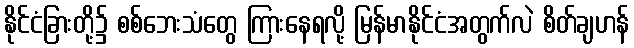
နိုင်ငံခြားတို့၌ စစ်ဘေးသံတွေ ကြားနေရလို့ မြန်မာနိုင်ငံအတွက်လဲ စိတ်ချဟန်